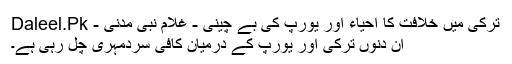
ترکی میں خلافت کا احیاء اور یورپ کی بے چینی - غلام نبی مدنی - Daleel.Pk
اِن دنوں ترکی اور یورپ کے درمیان کافی سردمہری چل رہی ہے۔